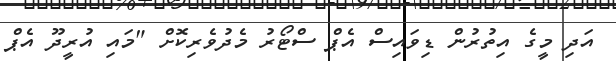
އަދި މީގެ އިތުރުން ޑިވައިސް އެޕް ސްޓޯރު މެދުވެރިކޮށް "މައި އުރީދޫ އެޕް